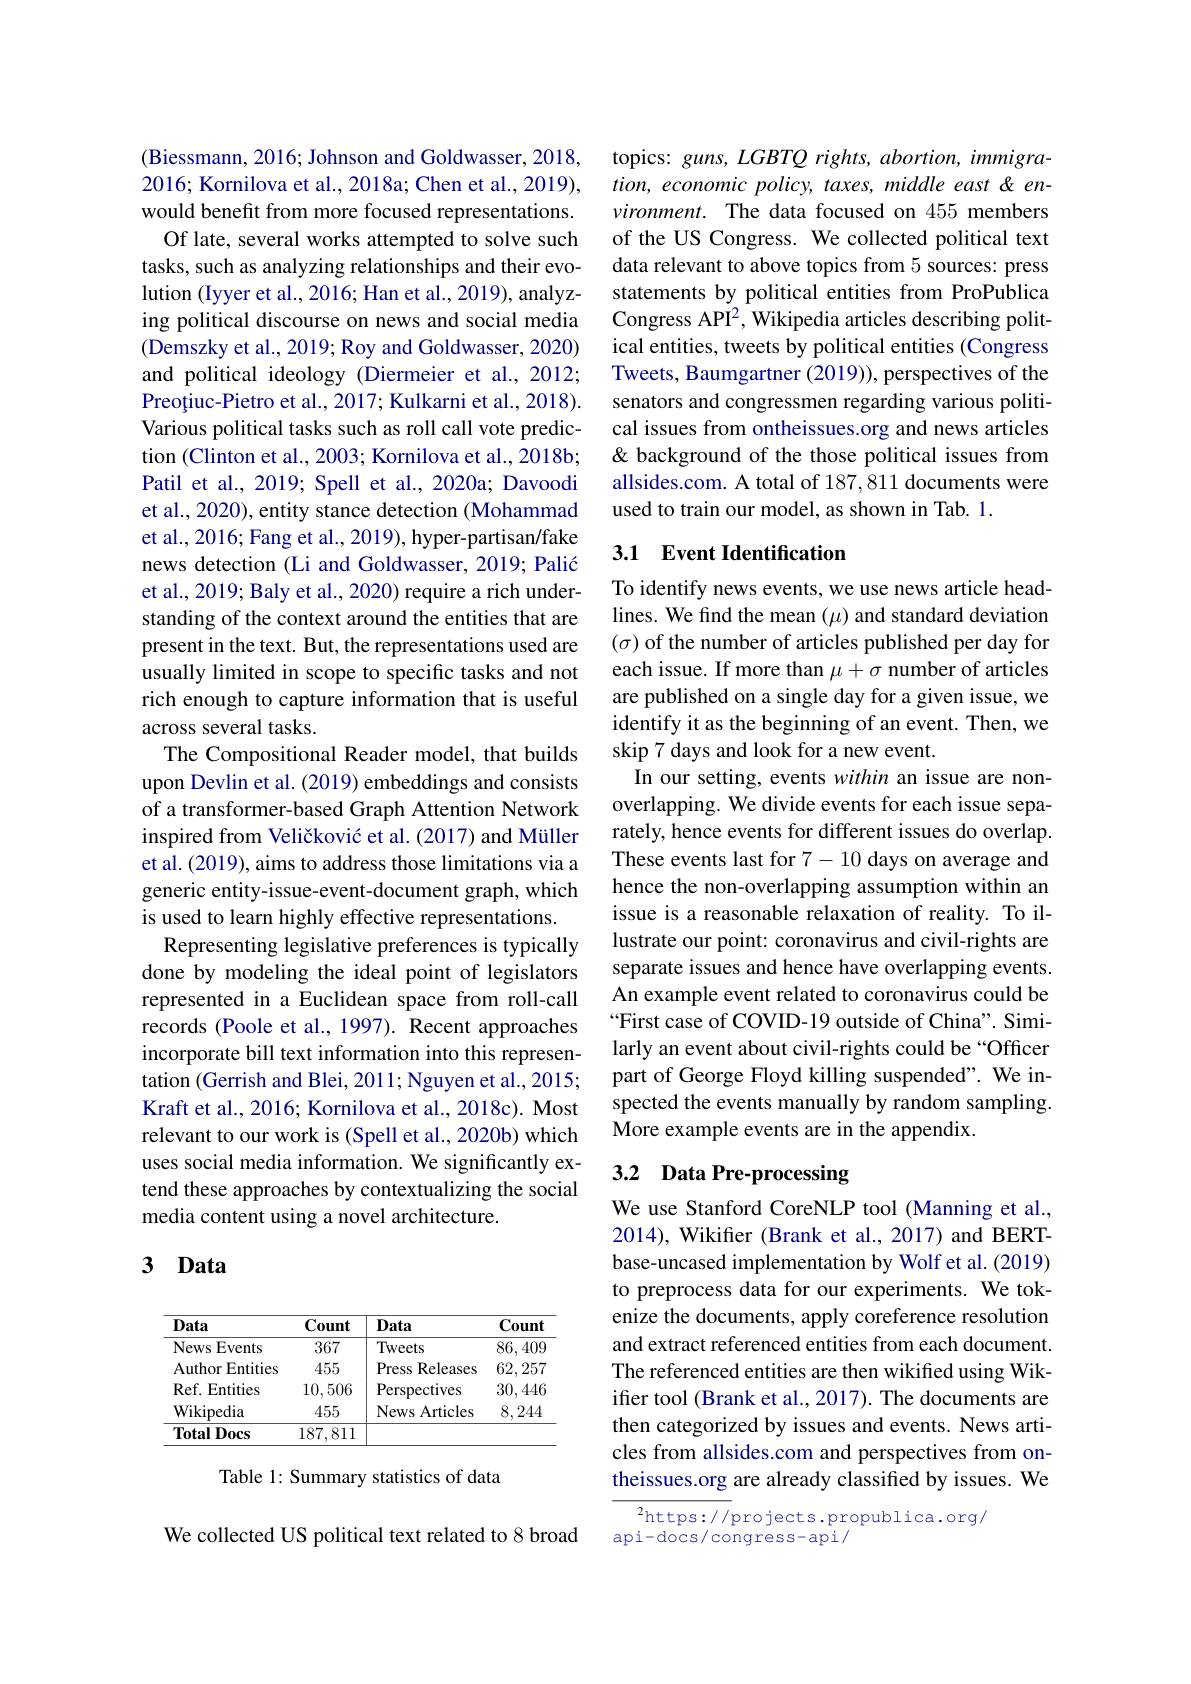
(Biessmann, 2016; Johnson and Goldwasser, 2018, 2016; Kornilova et al., 2018a; Chen et al., 2019), would benefit from more focused representations.
Of late, several works attempted to solve such tasks, such as analyzing relationships and their evolution (Iyyer et al., 2016; Han et al., 2019), analyzing political discourse on news and social media (Demszky et al., 2019; Roy and Goldwasser, 2020) and political ideology (Diermeier et al.,2012; Preoțiuc-Pietro et al., 2017; Kulkarni et al., 2018). Various political tasks such as roll call vote prediction (Clinton et al., 2003; Kornilova et al., 2018b; Patil et al., 2019; Spell et al., 2020a; Davoodi et al., 2020), entity stance detection ( Mohammad et al., 2016; Fang et al., 2019), hyper- partisan/fake news detection (Li and Goldwasser, 2019; Palić et al., 2019; Baly et al., 2020) require a rich understanding of the context around the entities that are present in the text. But, the representations used are usually limited in scope to specific tasks and not rich enough to capture information that is useful across several tasks.
The Compositional Reader model, that builds upon Devlin et al. (2019) embeddings and consists of a transformer-based Graph Attention Network inspired from Veličković et al. (2017) and Müller et al. (2019), aims to address those limitations via a generic entity-issue-event-document graph, which is used to learn highly effective representations.
Representing legislative preferences is typically done by modeling the ideal point of legislators represented in a Euclidean space from roll-call records (Poole et al., 1997). Recent approaches incorporate bill text information into this representation (Gerrish and Blei, 2011; Nguyen et al., 2015; Kraft et al., 2016; Kornilova et al., 2018c). Most relevant to our work is (Spell et al., 2020b) which uses social media information. We significantly extend these approaches by contextualizing the social media content using a novel architecture.

## 3 Data

<table>
	<tbody>
		<tr>
			<th>Data</th>
			<th>Count</th>
			<th>Data</th>
			<th>Count</th>
		</tr>
		<tr>
			<td>Events News</td>
			<td>367</td>
			<td>Tweets</td>
			<td>86,409</td>
		</tr>
		<tr>
			<td>Author Entities</td>
			<td>455</td>
			<td>Press Releases</td>
			<td>62,257</td>
		</tr>
		<tr>
			<td>Ref. Entities</td>
			<td>10,506</td>
			<td>Perspectives</td>
			<td>30,446</td>
		</tr>
		<tr>
			<td>Wikipedia</td>
			<td>455</td>
			<td>News Articles</td>
			<td>8,244</td>
		</tr>
		<tr>
			<td>$\mathbf{TotalDocs}$</td>
			<td>187,811</td>
			<td> </td>
			<td> </td>
		</tr>
	</tbody>
</table>

Table 1: Summary statistics of data

We collected US political text related to 8 broad

topics: guns, LGBTQ rights, abortion, immigration, economic policy, taxes, middle east & en- $vironment.$ The data focused on 455 members of the US Congress. We collected political text data relevant to above topics from 5 sources: press statements by political entities from ProPublica Congress API$^2$, Wikipedia articles describing political entities, tweets by political entities (Congress Tweets, Baumgartner (2019)), perspectives of the senators and congressmen regarding various political issues from ontheissues.org and news articles & background of the those political issues from allsides.com. A total of 187,811 documents were used to train our model, as shown in Tab. 1.

### 3.1 Event Identification

To identify news events, we use news article headlines. We find the mean ($\mu$) and standard deviation $(\sigma)$ of the number of articles published per day for each issue. If more than $\mu+\sigma$ number of articles are published on a single day for a given issue, we identify it as the beginning of an event. Then, we skip 7 days and look for a new event.
In our setting, events within an issue are nonoverlapping. We divide events for each issue separately, hence events for different issues do overlap. These events last for 7-10 days on average and hence the non-overlapping assumption within an issue is a reasonable relaxation of reality. To illustrate our point: coronavirus and civil-rights are separate issues and hence have overlapping events. An example event related to coronavirus could be “First case of COVID-19 outside of China". Similarly an event about civil-rights could be “Officer part of George Floyd killing suspended". We inspected the events manually by random sampling. More example events are in the appendix.

## 3.2 Data Pre-processing

We use Stanford CoreNLP tool (Manning et al., 2014), Wikifer (Brank et al., 2017) and BERTbase-uncased implementation by Wolf et al.(2019) to preprocess data for our experiments. We tokenize the documents, apply coreference resolution and extract referenced entities from each document. The referenced entities are then wikified using Wikifrer tool (Brank et al., 2017). The documents are then categorized by issues and events. News articles from allsides.com and perspectives from ontheissues.org are already classified by issues. We

$^2$https://projects.propublica.org/
api-docs/congress-api/